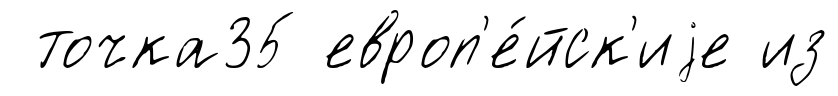
точка35 европ'е́йск'иjе из